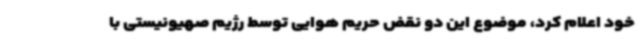
خود اعلام کرد، موضوع این دو نقض حریم هوایی توسط رژیم صهیونیستی با